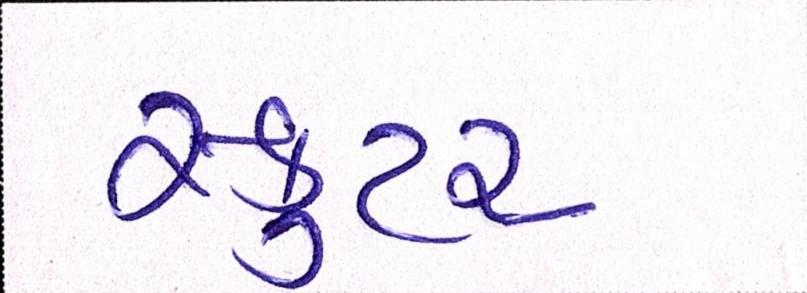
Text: સ્કુટર